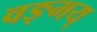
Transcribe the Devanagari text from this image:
वङ्मय्